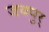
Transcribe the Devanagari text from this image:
जयपुर्